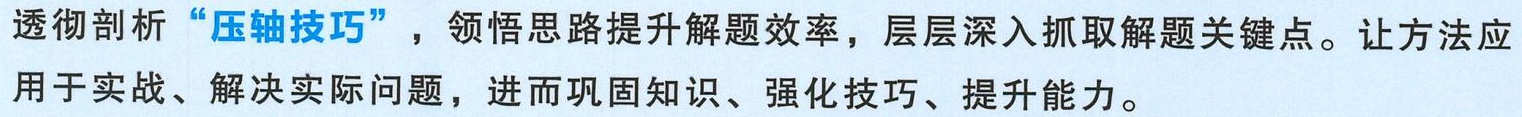
透彻剖析“压轴技巧”，领悟思路提升解题效率，层层深入抓取解题关键点。让方法应用于实战、解决实际问题，进而巩固知识、强化技巧、提升能力。